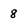
Character: 8